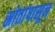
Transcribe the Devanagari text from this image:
स्रोतांपासून